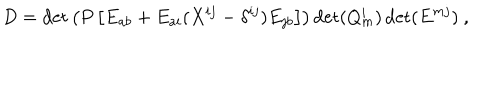
D = \det \left( P \left[ E _ { a b } + E _ { a i } ( X ^ { i j } - \delta ^ { i j } ) E _ { j b } \right] \right) \det ( Q _ { m } ^ { i } ) \det ( E ^ { m j } ) \ ,